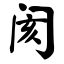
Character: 阂